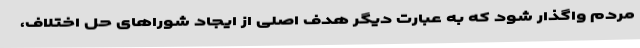
مردم واگذار شود که به عبارت دیگر هدف اصلی از ایجاد شوراهای حل اختلاف،